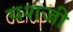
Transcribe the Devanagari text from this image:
यशजी